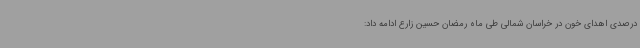
درصدی اهدای خون در خراسان شمالی طی ماه رمضان حسین زارع ادامه داد: